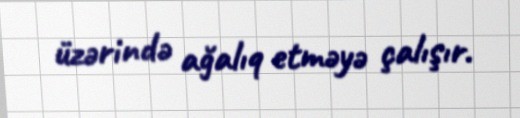
üzərində ağalıq etməyə çalışır.